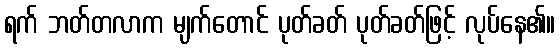
ရက် ဘတ်တလာက မျက်တောင် ပုတ်ခတ် ပုတ်ခတ်ဖြင့် လုပ်နေ၏။